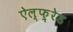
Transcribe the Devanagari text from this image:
ऐल्फ़्रेड